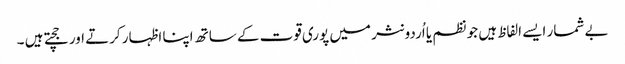
بے شمار ایسے الفاظ ہیں جو نظم یا اُردو نثر میں پوری قوت کے ساتھ اپنا اظہار کرتے اور جچتے ہیں ۔